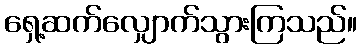
ရှေ့ဆက်လျှောက်သွားကြသည်။